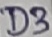
Text: D3